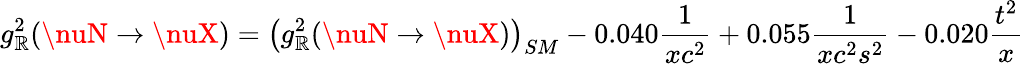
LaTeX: g_{\mathbb{R}}^{2}(\nuN\rightarrow\nuX)=\left(g_{\mathbb{R}}^{2}(\nuN\rightarrow\nuX)\right)_{SM}-0.040{\frac{{1}}{{xc^{2}}}}+0.055{\frac{{1}}{{xc^{2}s^{2}}}}-0.020{\frac{{t^{2}}}{{x}}}